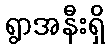
ရွာအနီးရှိ